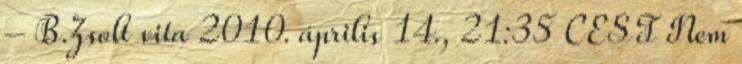
– B.Zsolt vita 2010. április 14., 21:35 CEST Nem